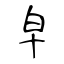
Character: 皁